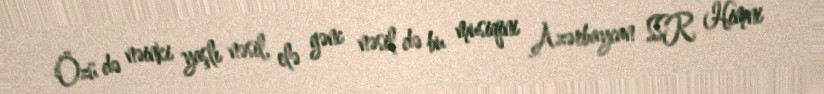
Özü də nəinki yaşlı nəsil, elə gənc nəsil də bu musiqini Azərbaycan SSR Himni